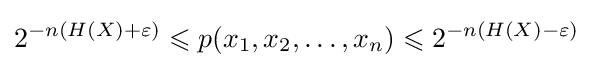
2^{-n(H(X)+\varepsilon )}\leqslant p(x_{1},x_{2},\dots ,x_{n})\leqslant 2^{-n(H(X)-\varepsilon )}